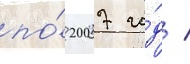
по́ 2007 го́д /